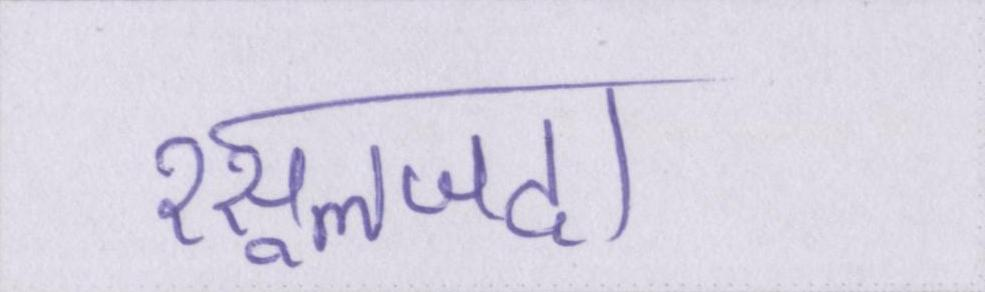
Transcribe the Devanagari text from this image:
रसूलजदा